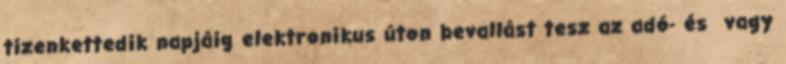
tizenkettedik napjáig elektronikus úton bevallást tesz az adó- és vagy